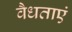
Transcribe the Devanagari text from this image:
वैधताएं